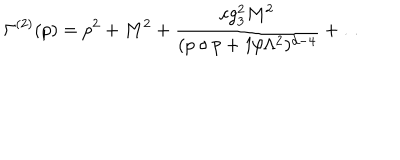
\Gamma ^ { ( 2 ) } ( p ) = p ^ { 2 } + M ^ { 2 } + { \frac { c g _ { 3 } ^ { 2 } M ^ { 2 } } { ( p \circ p + 1 / \Lambda ^ { 2 } ) ^ { d - 4 } } } + \ldots